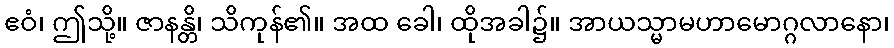
ဧဝံ၊ ဤသို့။ ဇာနန္တိ၊ သိကုန်၏။ အထ ခေါ၊ ထိုအခါ၌။ အာယသ္မာမဟာမောဂ္ဂလာနော၊